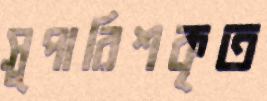
সুপারিশকৃত